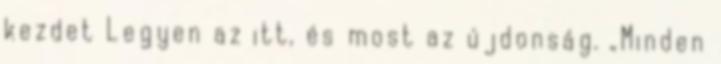
kezdet Legyen az itt, és most az újdonság. „Minden